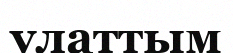
улаттым